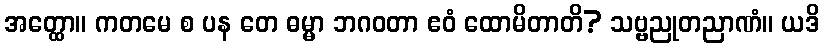
အတ္ထော။ ကတမေ စ ပန တေ ဓမ္မာ ဘဂဝတာ ဧဝံ ထောမိတာတိ? သဗ္ဗညုတညာဏံ။ ယဒိ